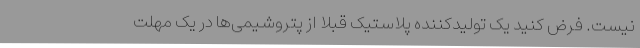
نیست. فرض کنید یک تولیدکننده پلاستیک قبلا از پتروشیمی‌ها در یک مهلت